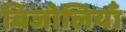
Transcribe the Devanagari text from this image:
बिजोलियाँ